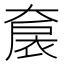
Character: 𡙤